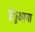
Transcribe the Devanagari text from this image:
ईगुआना